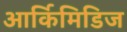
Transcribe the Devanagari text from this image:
आर्किमिडिज